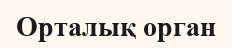
Орталық орган